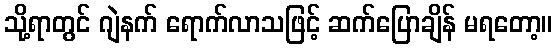
သို့ရာတွင် ဂျဲနက် ရောက်လာသဖြင့် ဆက်ပြောချိန် မရတော့။